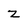
Character: z